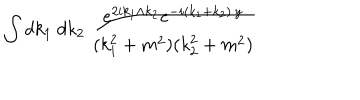
\int d k _ { 1 } \ d k _ { 2 } \ \frac { e ^ { 2 i k _ { 1 } \wedge k _ { 2 } } e ^ { - i ( k _ { 1 } + k _ { 2 } ) \cdot y } } { ( k _ { 1 } ^ { 2 } + m ^ { 2 } ) ( k _ { 2 } ^ { 2 } + m ^ { 2 } ) }